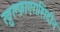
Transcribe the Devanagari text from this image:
ख़ुल्फ़ाएराशिदीन